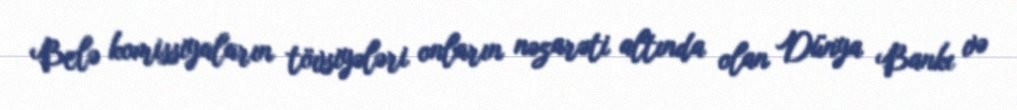
Belə komissiyaların tövsiyələri onların nəzarəti altında olan Dünya Bankı və